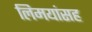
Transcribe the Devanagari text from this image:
लिमयांसह